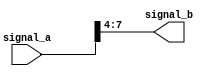
module part_select_assign(
    input [7:0] signal_a,
    output reg [3:0] signal_b
);

always @(*) begin
    signal_b = signal_a[7:4]; // Assigning bits 7 to 4 from signal_a to signal_b
end

endmodule